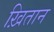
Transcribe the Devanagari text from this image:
ख़ितान